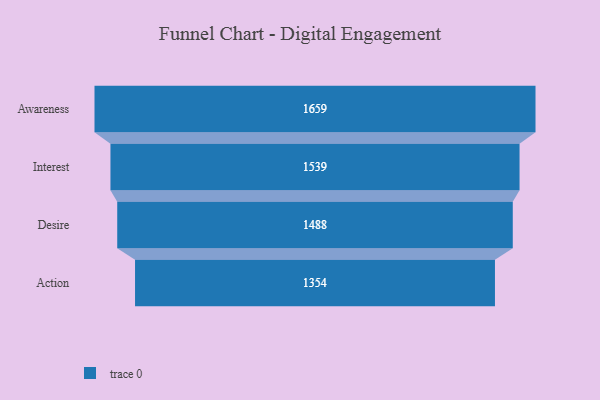
{"axis": {"x": "Stage", "y": "Value"}, "legend": [""], "data": [{"x": "Awareness", "y": 1659.0, "type": ""}, {"x": "Interest", "y": 1539.0, "type": ""}, {"x": "Desire", "y": 1488.0, "type": ""}, {"x": "Action", "y": 1354.0, "type": ""}]}